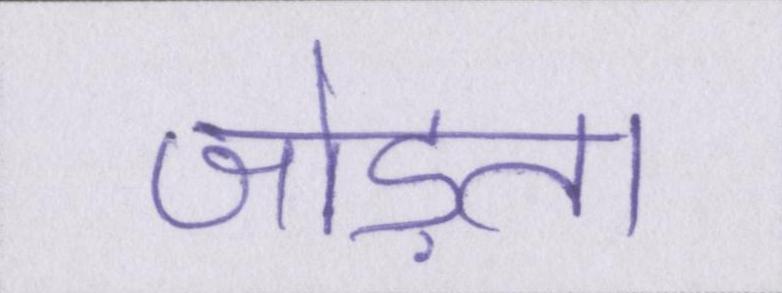
जोड़ता